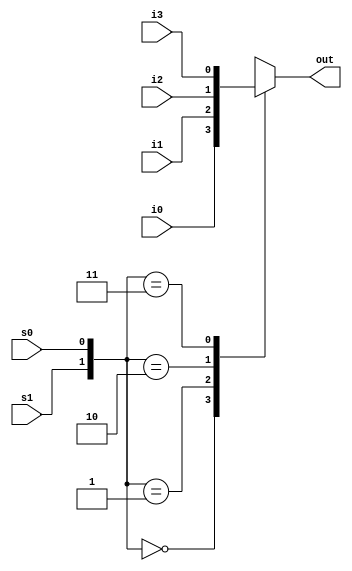
// case41
//

module mux4_to_1 ( out , i0 , i1 , i2 , i3 , s1 , s0 );
	//
	
	output out ; 
	input i0 , i1 , i2 , i3 ;
	input s1 , s0 ;
	//
	//
	reg out ;
	//
	//outalways @ (...)
	//
	always @(s1 or s0 or i0 or i1 or i2 or i3 )
	begin 
		case ({s1 , s0 } )
			2'b00 : out = i0 ;
			2'b01 : out = i1 ; 
			2'b10 : out = i2 ; 
			2'b11 : out = i3 ;
			default : out = 1'bx ;
		endcase 
	end 
endmodule